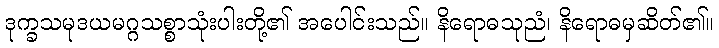
ဒုက္ခသမုဒယမဂ္ဂသစ္စာသုံးပါးတို့၏ အပေါင်းသည်။ နိရောဓသုညံ၊ နိရောဓမှဆိတ်၏။